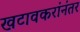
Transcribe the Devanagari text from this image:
खटावकरांनंतर